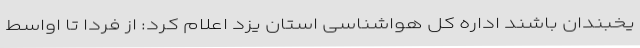
یخبندان باشند اداره کل هواشناسی استان یزد اعلام کرد: از فردا تا اواسط